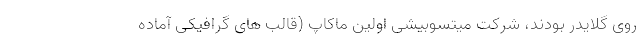
روی گلایدر بودند، شرکت میتسوبیشی اولین ماکاپ (قالب های گرافیکی آماده